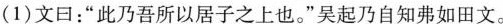
（1）文曰：“此乃吾所以居子之上也。”吴起乃自知弗如田文。